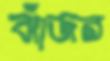
ঝাঁজর